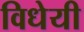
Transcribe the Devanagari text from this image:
विधेयी